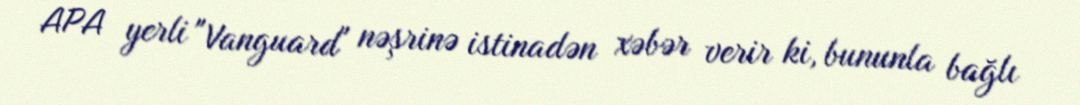
APA yerli "Vanguard" nəşrinə istinadən xəbər verir ki, bununla bağlı